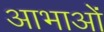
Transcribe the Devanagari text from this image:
आभाओं